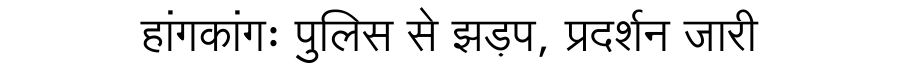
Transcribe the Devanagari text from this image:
हांगकांगः पुलिस से झड़प, प्रदर्शन जारी